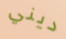
ديني